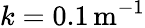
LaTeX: k=0.1\, \mathrm{m^{-1}}